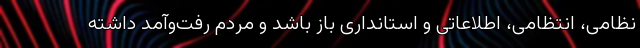
نظامی، انتظامی، اطلاعاتی و استانداری باز باشد و مردم رفت‌وآمد داشته